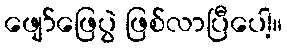
ဖျော်ဖြေပွဲ ဖြစ်လာပြီပေါ့။